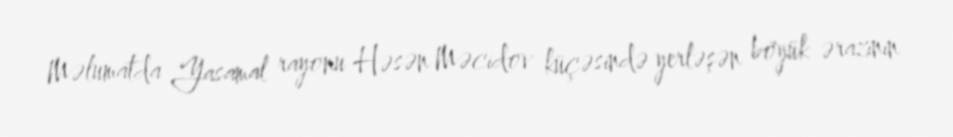
Məlumatda Yasamal rayonu Həsən Məcidov küçəsində yerləşən böyük ərazinin